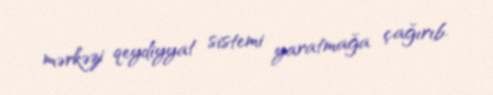
mərkəzi qeydiyyat sistemi yaratmağa çağırıb.